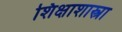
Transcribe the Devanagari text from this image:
शिक्षाशास्त्रा